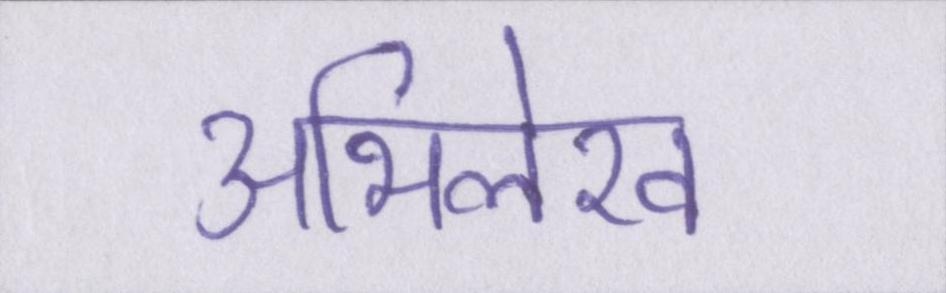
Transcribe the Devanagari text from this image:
अभिलेख